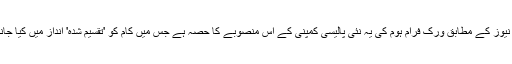
بزفیڈ نیوز کے مطابق ورک فرام ہوم کی یہ نئی پالیسی کمپنی کے اس منصوبے کا حصہ ہے جس میں کام کو 'تقسیم شدہ' انداز میں کیا جانا ہے۔